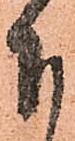
下